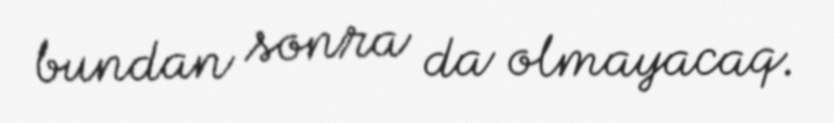
bundan sonra da olmayacaq.